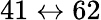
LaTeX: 41\leftrightarrow 62